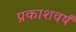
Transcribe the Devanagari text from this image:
प्रकाशवर्षं